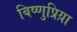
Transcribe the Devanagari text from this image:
बिष्णुप्रिय़ा